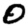
Digit: 0